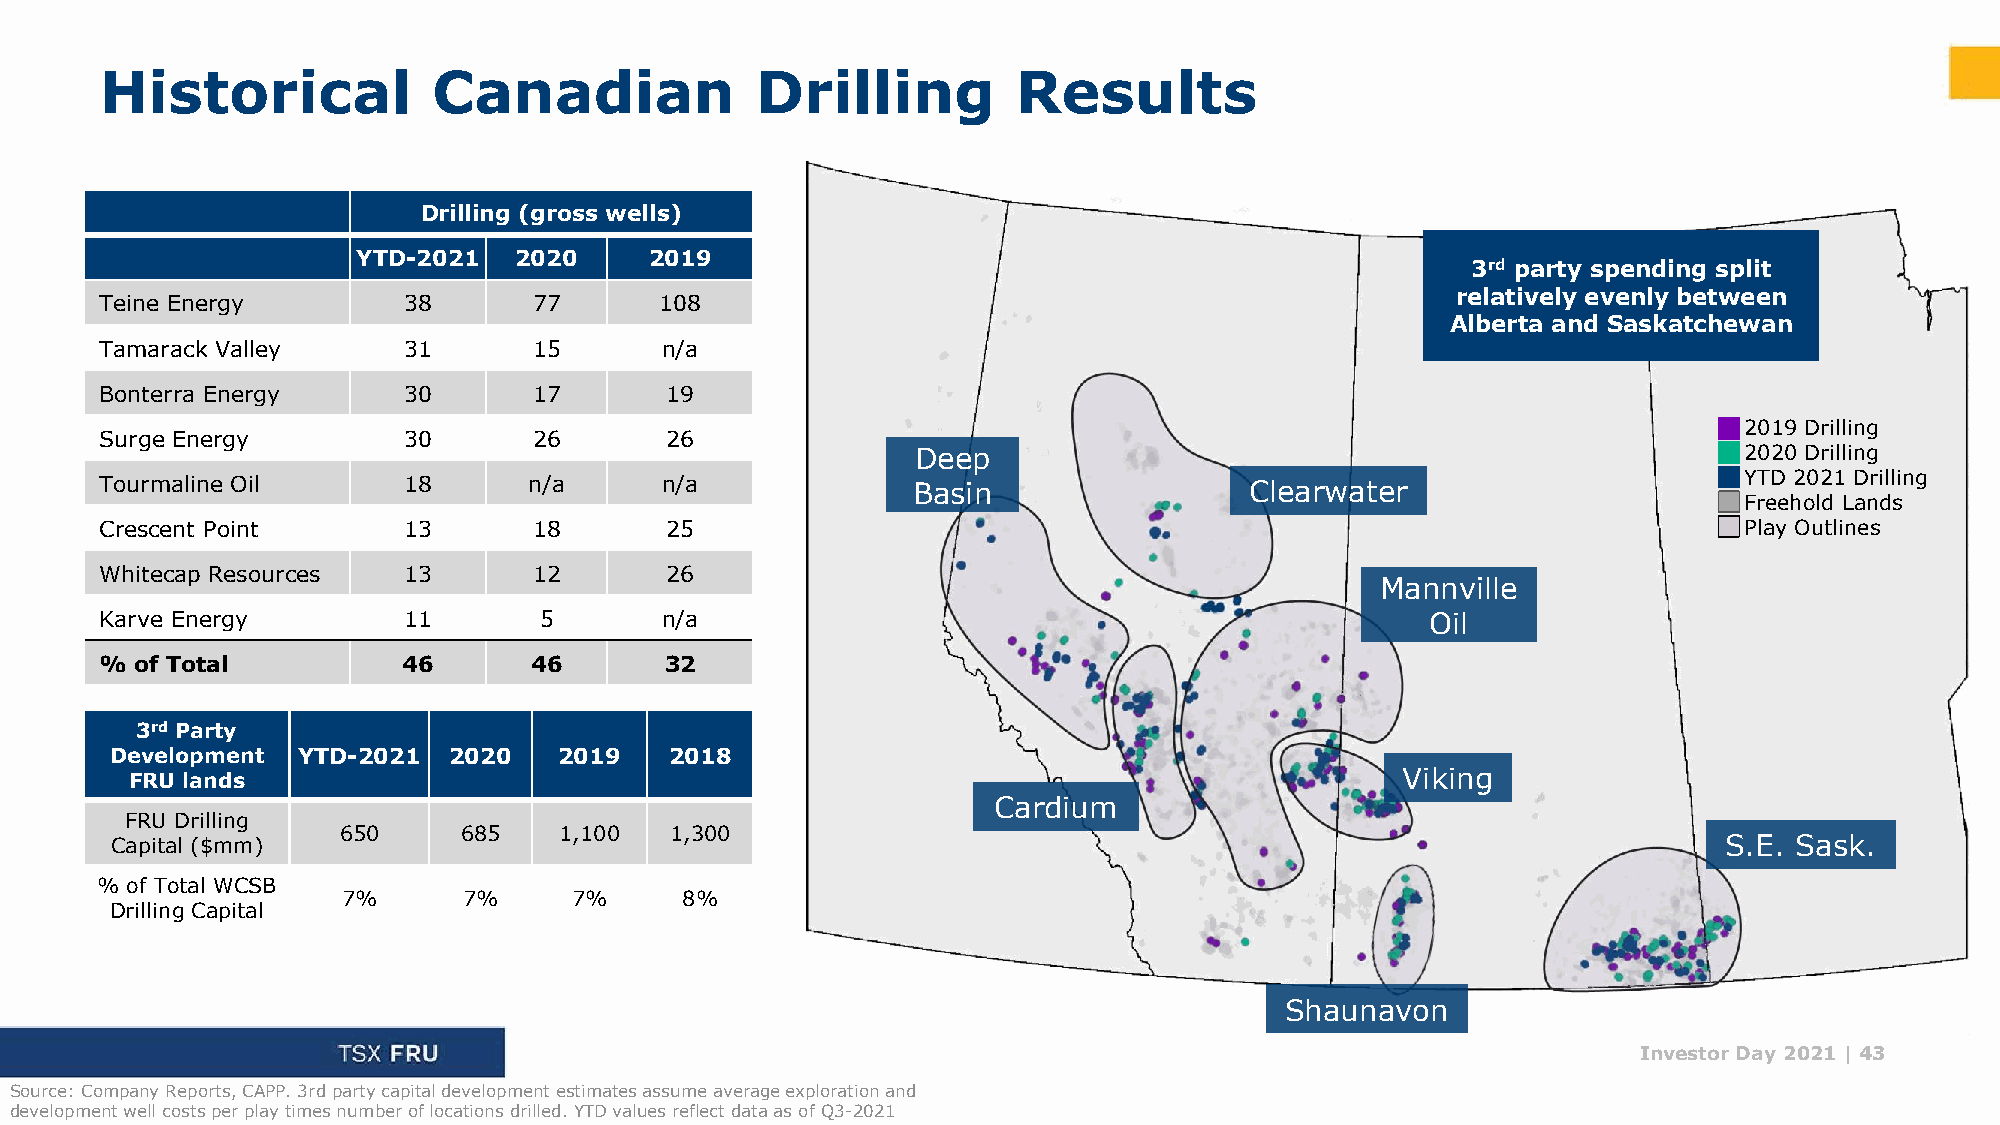
Historical            Canadian             Drilling         Results
 Drilling (gross wells)
 YTD-2021  2020     2019
 3rd party spending split
 relatively evenly between
 Teine Energy        38      77       108
 Alberta and Saskatchewan
 Tamarack Valley     31      15       n/a
 Bonterra Energy     30      17       19
 2019 Drilling
 Surge Energy        30      26       26
 Deep                                                  2020 Drilling
 Tourmaline Oil      18      n/a      n/a             Basin                  Clearwater                      YTD 2021 Drilling
 Freehold Lands
 Crescent Point      13      18       25                                                                     Play Outlines
 Whitecap Resources  13      12       26
 Mannville
 Karve Energy        11       5       n/a                                                Oil
 % of Total          46      46       32
 3rd Party
 Development  YTD-2021  2020   2019   2018
 FRU lands                                                                           Viking
 Cardium
 FRU Drilling
 650     685    1,100  1,300
 Capital ($mm)                                                                                              S.E. Sask.
 % of Total WCSB
 7%      7%     7%     8%
 Drilling Capital
 Shaunavon
 Investor Day 2021 |43
 Source: Company Reports, CAPP. 3rd party capital development estimates assume average exploration and
 development well costs per play times number of locations drilled. YTD values reflect data as of Q3-2021